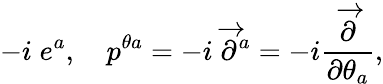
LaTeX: -i\; e^{a},\quad p^{\theta a}=-i\; \overrightarrow{\partial}^{a}=-i\frac{\overrightarrow{\partial}}{\partial\theta_{a}},